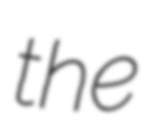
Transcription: the